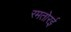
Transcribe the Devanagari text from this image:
रमतोरई